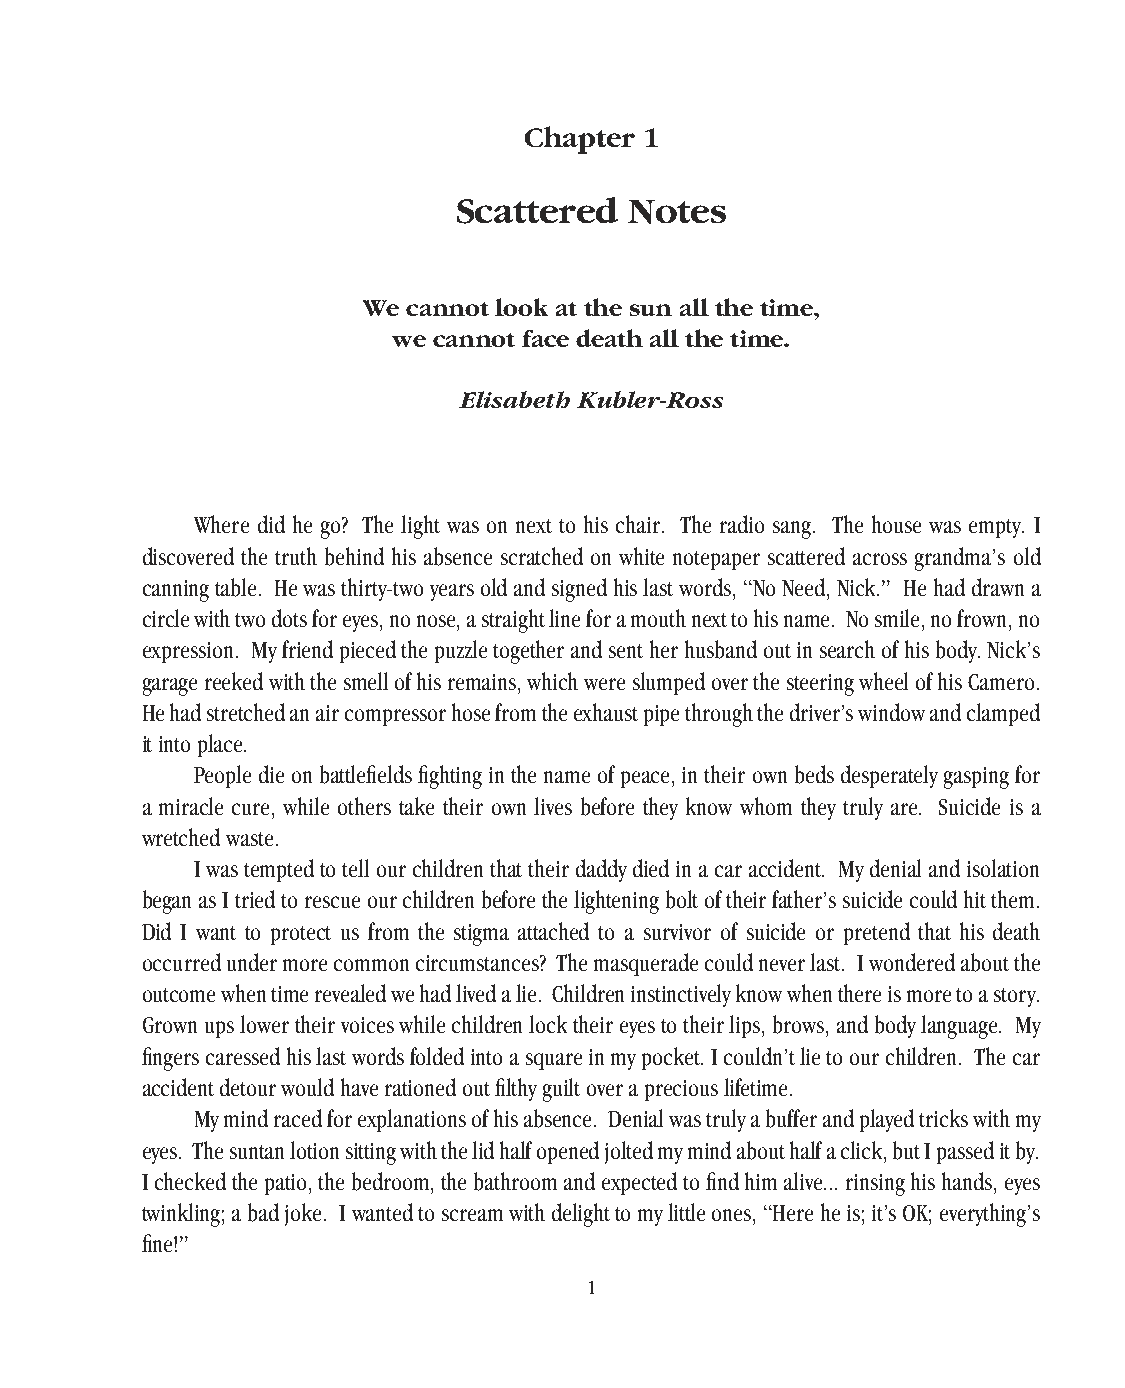
Chapter 1
 Scattered   Notes
 We cannot look at the sun all the time,
 we cannot face death all the time.
 Elisabeth Kubler-Ross
 Where did he go? The light was on next to his chair. The radio sang. The house was empty. I
 discovered the truth behind his absence scratched on white notepaper scattered across grandma’s old
 canning table. He was thirty-two years old and signed his last words, “No Need, Nick.” He had drawn a
 circle with two dots for eyes, no nose, a straight line for a mouth next to his name. No smile, no frown, no
 expression. My friend pieced the puzzle together and sent her husband out in search of his body. Nick’s
 garage reeked with the smell of his remains, which were slumped over the steering wheel of his Camero.
 He had stretched an air compressor hose from the exhaust pipe through the driver’s window and clamped
 it into place.
 People die on battlefields fighting in the name of peace, in their own beds desperately gasping for
 a miracle cure, while others take their own lives before they know whom they truly are. Suicide is a
 wretched waste.
 I was tempted to tell our children that their daddy died in a car accident. My denial and isolation
 began as I tried to rescue our children before the lightening bolt of their father’s suicide could hit them.
 Did I want to protect us from the stigma attached to a survivor of suicide or pretend that his death
 occurred under more common circumstances? The masquerade could never last. I wondered about the
 outcome when time revealed we had lived a lie. Children instinctively know when there is more to a story.
 Grown ups lower their voices while children lock their eyes to their lips, brows, and body language. My
 fingers caressed his last words folded into a square in my pocket. I couldn’t lie to our children. The car
 accident detour would have rationed out filthy guilt over a precious lifetime.
 My mind raced for explanations of his absence. Denial was truly a buffer and played tricks with my
 eyes. The suntan lotion sitting with the lid half opened jolted my mind about half a click, but I passed it by.
 I checked the patio, the bedroom, the bathroom and expected to find him alive... rinsing his hands, eyes
 twinkling; a bad joke. I wanted to scream with delight to my little ones, “Here he is; it’s OK; everything’s
 fine!”
 1